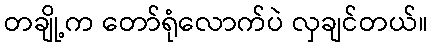
တချို့က တော်ရုံလောက်ပဲ လှချင်တယ်။